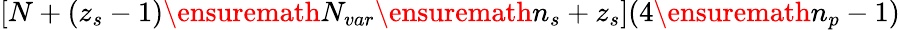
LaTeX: [N+(z_{s}-1)\ensuremath{N_{var}}\ensuremath{n_{s}}+z_{s}](4\ensuremath{n_{p}}-1)